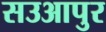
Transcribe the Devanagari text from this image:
सउआपुर